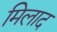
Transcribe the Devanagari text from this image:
मिलाद